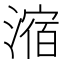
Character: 㴼